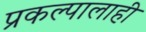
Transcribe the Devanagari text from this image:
प्रकल्पालाही